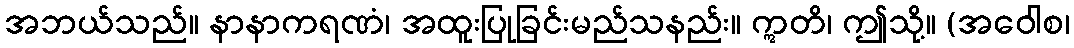
အဘယ်သည်။ နာနာကရဏံ၊ အထူးပြုခြင်းမည်သနည်း။ ဣတိ၊ ဤသို့။ (အဝေါစ၊